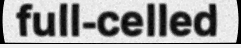
full-celled